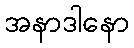
အနာဒါနော